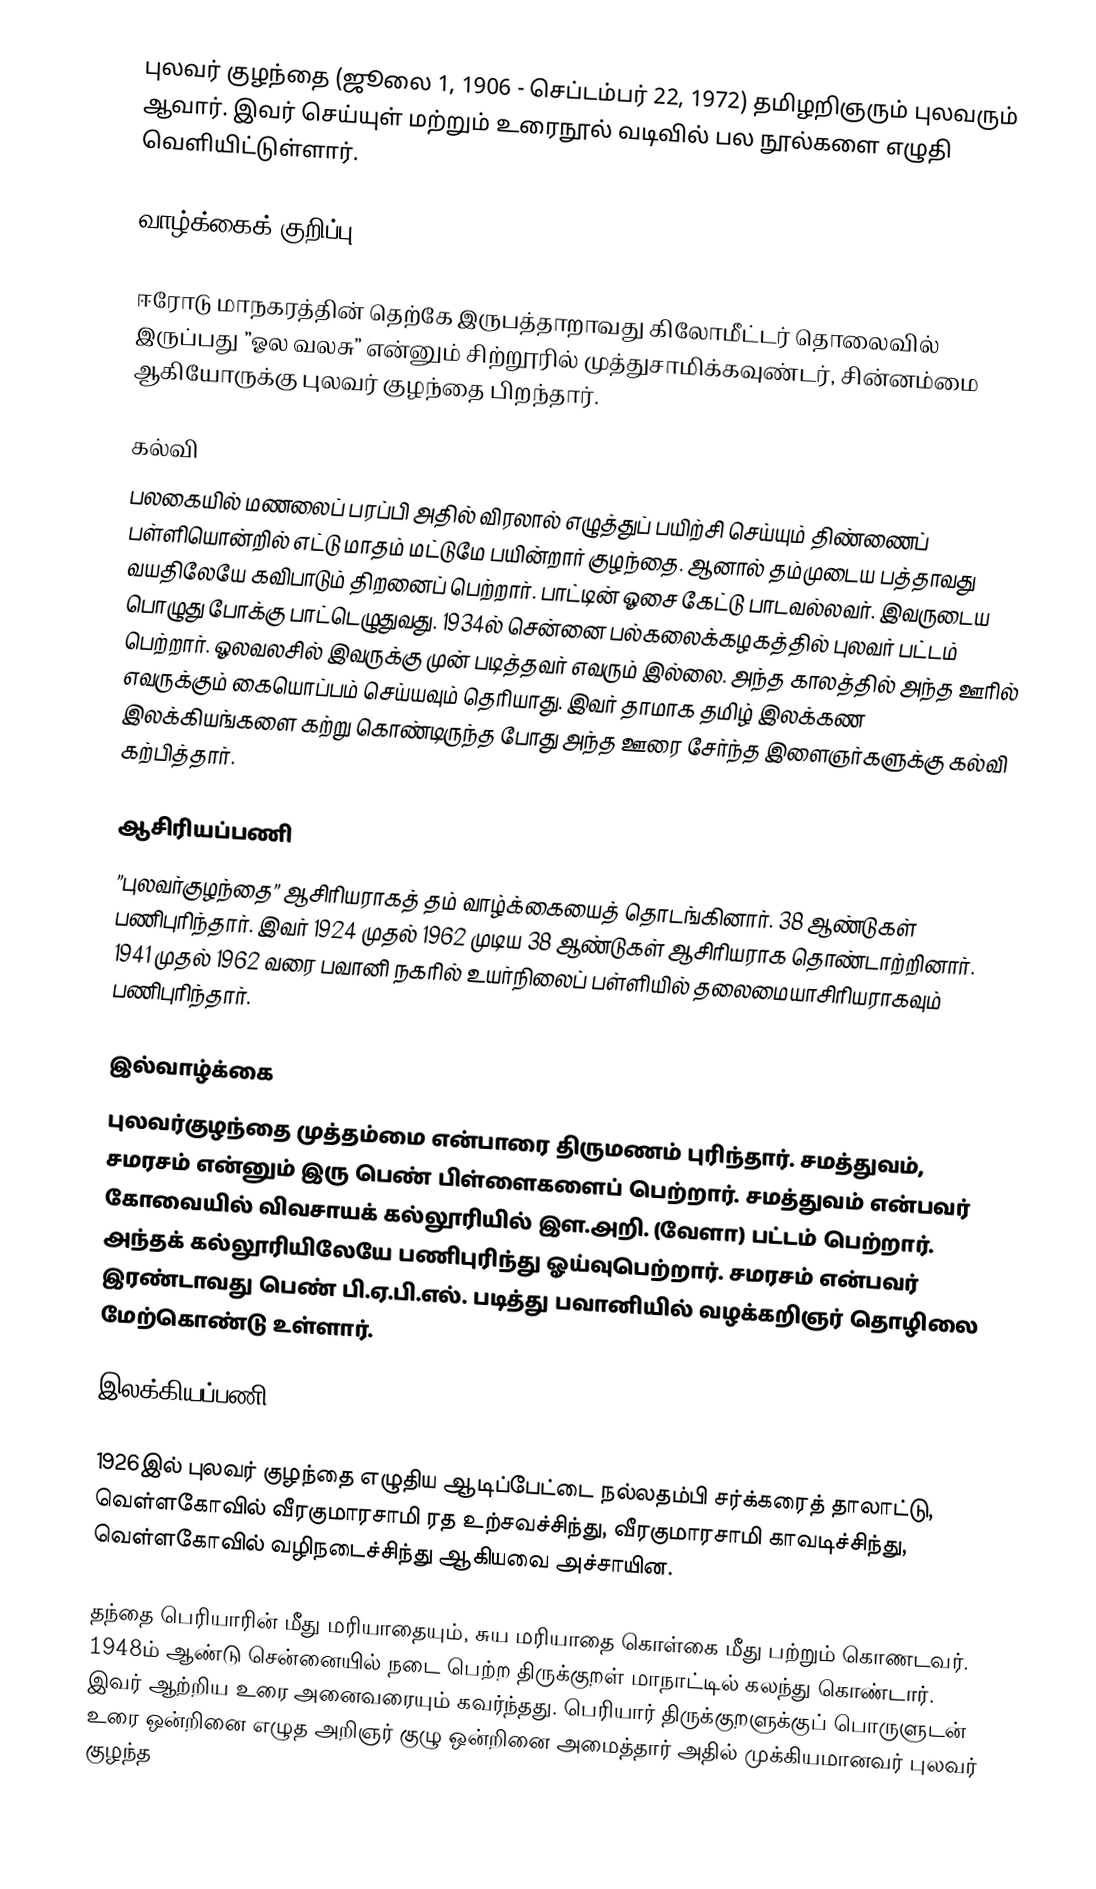
புலவர் குழந்தை (ஜூலை 1, 1906 - செப்டம்பர் 22, 1972) தமிழறிஞரும் புலவரும் ஆவார். இவர் செய்யுள் மற்றும் உரைநூல் வடிவில் பல நூல்களை எழுதி வெளியிட்டுள்ளார்.

வாழ்க்கைக் குறிப்பு

ஈரோடு மாநகரத்தின் தெற்கே இருபத்தாறாவது கிலோமீட்டர் தொலைவில் இருப்பது ”ஓல வலசு” என்னும் சிற்றூரில் முத்துசாமிக்கவுண்டர், சின்னம்மை ஆகியோருக்கு புலவர் குழந்தை பிறந்தார்.

கல்வி
பலகையில் மணலைப் பரப்பி அதில் விரலால் எழுத்துப் பயிற்சி செய்யும் திண்ணைப் பள்ளியொன்றில் எட்டு மாதம் மட்டுமே பயின்றார் குழந்தை. ஆனால் தம்முடைய பத்தாவது வயதிலேயே கவிபாடும் திறனைப் பெற்றார். பாட்டின் ஓசை கேட்டு பாடவல்லவர். இவருடைய பொழுது போக்கு பாட்டெழுதுவது. 1934ல் சென்னை பல்கலைக்கழகத்தில் புலவர் பட்டம் பெற்றார். ஓலவலசில் இவருக்கு முன் படித்தவர் எவரும் இல்லை. அந்த காலத்தில் அந்த ஊரில் எவருக்கும் கையொப்பம் செய்யவும் தெரியாது. இவர் தாமாக தமிழ் இலக்கண இலக்கியங்களை கற்று கொண்டிருந்த போது அந்த ஊரை சேர்ந்த இளைஞர்களுக்கு கல்வி கற்பித்தார்.

ஆசிரியப்பணி
”புலவர்குழந்தை” ஆசிரியராகத் தம் வாழ்க்கையைத் தொடங்கினார். 38 ஆண்டுகள் பணிபுரிந்தார். இவர் 1924 முதல் 1962 முடிய 38 ஆண்டுகள் ஆசிரியராக தொண்டாற்றினார். 1941 முதல் 1962 வரை பவானி நகரில் உயர்நிலைப் பள்ளியில் தலைமையாசிரியராகவும் பணிபுரிந்தார்.

இல்வாழ்க்கை
புலவர்குழந்தை முத்தம்மை என்பாரை திருமணம் புரிந்தார். சமத்துவம், சமரசம் என்னும் இரு பெண் பிள்ளைகளைப் பெற்றார். சமத்துவம் என்பவர் கோவையில் விவசாயக் கல்லூரியில் இள.அறி. (வேளா) பட்டம் பெற்றார். அந்தக் கல்லூரியிலேயே பணிபுரிந்து ஓய்வுபெற்றார். சமரசம் என்பவர் இரண்டாவது பெண் பி.ஏ.பி.எல். படித்து பவானியில் வழக்கறிஞர் தொழிலை மேற்கொண்டு உள்ளார்.

இலக்கியப்பணி

1926இல் புலவர் குழந்தை எழுதிய ஆடிப்பேட்டை நல்லதம்பி சர்க்கரைத் தாலாட்டு, வெள்ளகோவில் வீரகுமாரசாமி ரத உற்சவச்சிந்து, வீரகுமாரசாமி காவடிச்சிந்து, வெள்ளகோவில் வழிநடைச்சிந்து ஆகியவை அச்சாயின.

தந்தை பெரியாரின் மீது மரியாதையும், சுய மரியாதை கொள்கை மீது பற்றும் கொணடவர். 1948ம் ஆண்டு சென்னையில் நடை பெற்ற திருக்குறள் மாநாட்டில் கலந்து கொண்டார். இவர் ஆற்றிய உரை அனைவரையும் கவர்ந்தது. பெரியார் திருக்குறளுக்குப் பொருளுடன் உரை ஒன்றினை எழுத அறிஞர் குழு ஒன்றினை அமைத்தார் அதில் முக்கியமானவர் புலவர் குழந்த